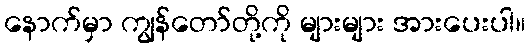
နောက်မှာ ကျွန်တော်တို့ကို များများ အားပေးပါ။